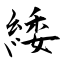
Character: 緌